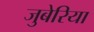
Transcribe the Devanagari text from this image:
जुबेरिया